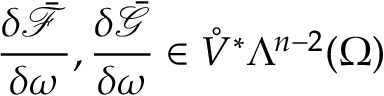
\frac { \delta \bar { \mathcal { F } } } { \delta \omega } , \frac { \delta \bar { \mathcal { G } } } { \delta \omega } \in \mathring { V } ^ { \ast } \Lambda ^ { n - 2 } ( \Omega )